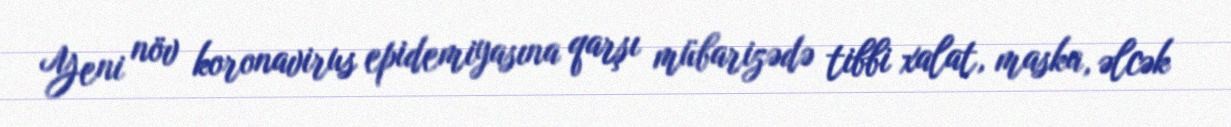
Yeni növ koronavirus epidemiyasına qarşı mübarizədə tibbi xalat, maska, əlcək